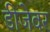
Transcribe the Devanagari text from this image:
डीजेवर